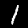
Label: 1